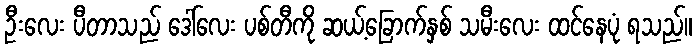
ဦးလေး ပီတာသည် ဒေါ်လေး ပစ်တီကို ဆယ့်ခြောက်နှစ် သမီးလေး ထင်နေပုံ ရသည်။